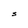
Character: S